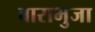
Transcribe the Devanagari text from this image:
बाराभुजा